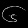
Digit: ၆